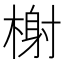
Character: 榭